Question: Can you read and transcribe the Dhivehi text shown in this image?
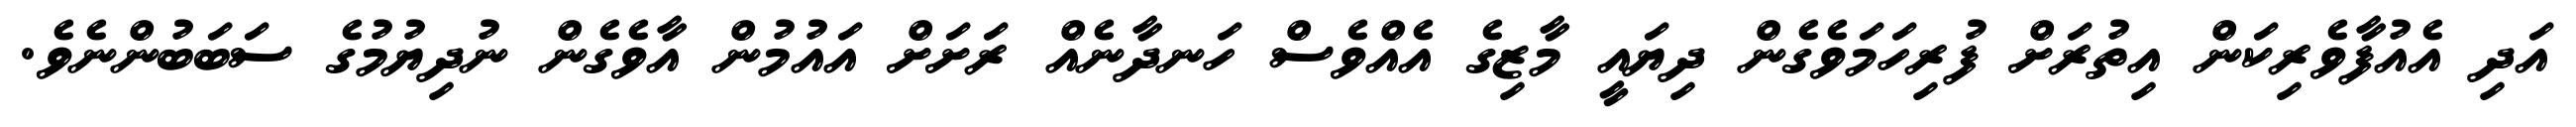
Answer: އަދި އެއުފާވެރިކަން އިތުރަށް ފުރިހަމަވެގެން ދިޔައީ މާޒިގެ އެއްވެސް ހަނދާނެއް ރަށަށް އައުމުން އާވެގެން ނުދިޔުމުގެ ސަބަބުންނެވެ.